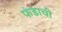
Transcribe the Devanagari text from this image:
फंडाची